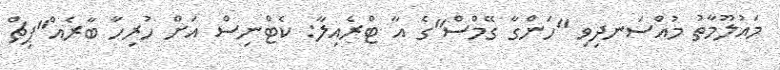
މައުލޫމާތު މުއްސަނދިވި "ހަންގާ ގޭމްސް"ގެ އާ ޓްރެއިލާ: ކެޓްނިސް އަށް ހުރިހާ ބާރެއް"ޕިޗް